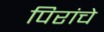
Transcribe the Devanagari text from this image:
पिरांचे